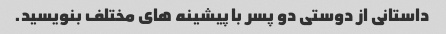
داستانی از دوستی دو پسر با پیشینه های مختلف بنویسید.